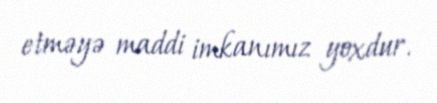
etməyə maddi imkanımız yoxdur.